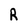
Character: R